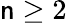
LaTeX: \mathsf{n}\geq2